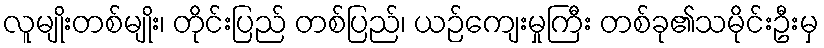
လူမျိုးတစ်မျိုး၊ တိုင်းပြည် တစ်ပြည်၊ ယဉ်ကျေးမှုကြီး တစ်ခု၏သမိုင်းဦးမှ